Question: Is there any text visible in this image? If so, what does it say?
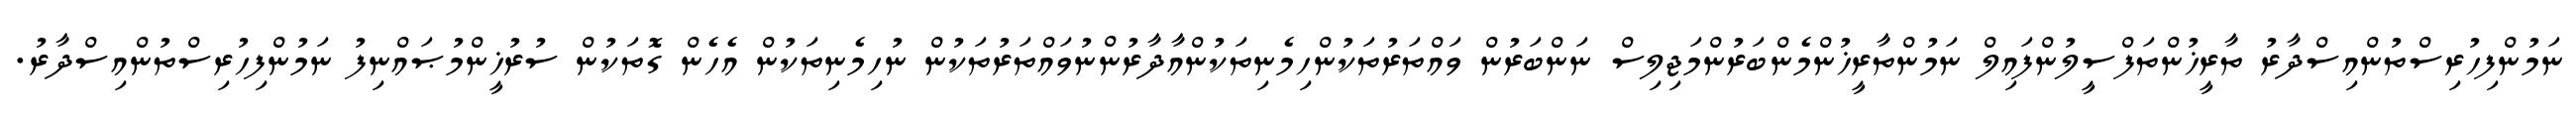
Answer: ނަމުންފިހުރިސްތުންއިސްދާރު ތާރީޚުންތަފްސީލުންފައިލް ނަމުންތާރީޚުންމެންބަރުންމަޖިލިސް ނަންބަރުން ވައްތަރުތަކުންހިމެނިތަކުންއާދާރުންނުވައްތަރުތަކުން ނުހިމެނިތަކުން އެހެން ގޮތަކުން ސުރުޚީންމުޞައްނިފު ނަމުންފިހުރިސްތުންއިސްދާރު.